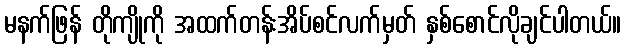
မနက်ဖြန် တိုကျိုကို အထက်တန်းအိပ်စင်လက်မှတ် နှစ်စောင်လိုချင်ပါတယ်။